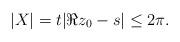
LaTeX: \begin{align*} |X| = t| \Re z_0 - s | \leq 2\pi.\end{align*}